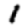
Digit: 1